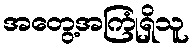
အတွေ့အကြုံရှိသူ